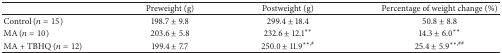
<table><thead><tr><td><b> </b></td><td><b>Preweight (g)</b></td><td><b>Postweight (g)</b></td><td><b>Percentage of weight change (%)</b></td></tr></thead><tbody><tr><td>Control (<i>n</i> = 15)</td><td>198.7 ± 9.8</td><td>299.4 ± 18.4</td><td>50.8 ± 8.8</td></tr><tr><td>MA (<i>n</i> = 10)</td><td>203.6 ± 5.8</td><td>232.6 ± 12.1<sup><i>∗∗</i></sup></td><td>14.3 ± 6.0<sup><i>∗∗</i></sup></td></tr><tr><td>MA + TBHQ (<i>n</i> = 12)</td><td>199.4 ± 7.7</td><td>250.0 ± 11.9<sup><i>∗∗</i>,#</sup></td><td>25.4 ± 5.9<sup><i>∗∗</i>,##</sup></td></tr></tbody></table>